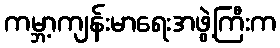
ကမ္ဘာ့ကျန်းမာရေးအဖွဲ့ကြီးက